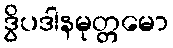
ဒွိပဒါနမုတ္တမော